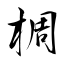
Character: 椆